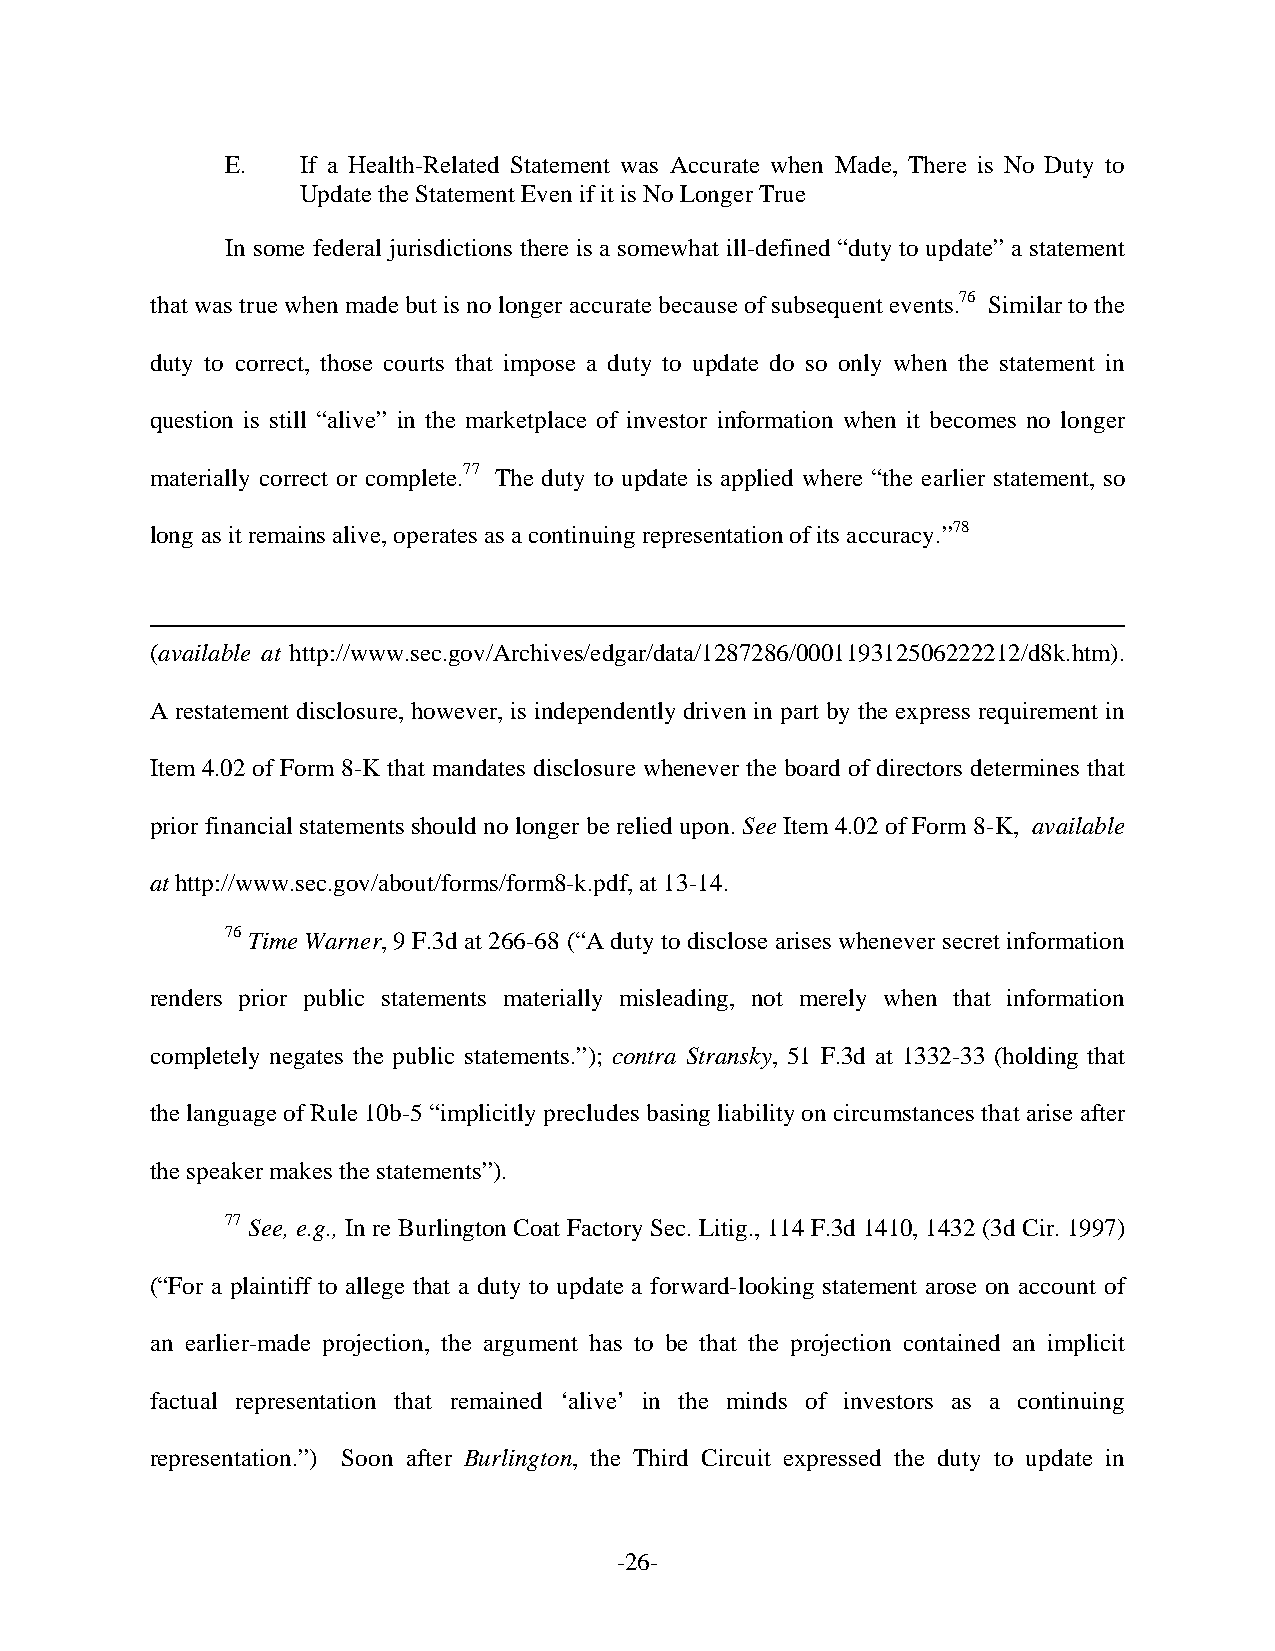
E.   If a Health-Related Statement was Accurate when Made, There is No Duty to
 Update the Statement Even if it is No Longer True
 In some federal jurisdictions there is a somewhat ill-defined “duty to update” a statement
 that was true when made but is no longer accurate because of subsequent events.76 Similar to the
 duty to correct, those courts that impose a duty to update do so only when the statement in
 question is still “alive” in the marketplace of investor information when it becomes no longer
 materially correct or complete.77 The duty to update is applied where “the earlier statement, so
 long as it remains alive, operates as a continuing representation of its accuracy.”78
 (available at http://www.sec.gov/Archives/edgar/data/1287286/000119312506222212/d8k.htm).
 A restatement disclosure, however, is independently driven in part by the express requirement in
 Item 4.02 of Form 8-K that mandates disclosure whenever the board of directors determines that
 prior financial statements should no longer be relied upon. See Item 4.02 of Form 8-K, available
 at http://www.sec.gov/about/forms/form8-k.pdf, at 13-14.
 76 Time Warner, 9 F.3d at 266-68 (“A duty to disclose arises whenever secret information
 renders prior public statements materially misleading, not merely when that information
 completely negates the public statements.”); contra Stransky, 51 F.3d at 1332-33 (holding that
 the language of Rule 10b-5 “implicitly precludes basing liability on circumstances that arise after
 the speaker makes the statements”).
 77 See, e.g., In re Burlington Coat Factory Sec. Litig., 114 F.3d 1410, 1432 (3d Cir. 1997)
 (“For a plaintiff to allege that a duty to update a forward-looking statement arose on account of
 an earlier-made projection, the argument has to be that the projection contained an implicit
 factual representation that remained ‘alive’ in the minds of investors as a continuing
 representation.”) Soon after Burlington, the Third Circuit expressed the duty to update in
 -26-